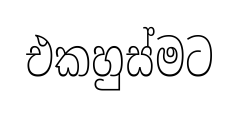
එකහුස්මට